Civil Veterinary Dept. Assam report 1927-50 - 1927-1950
Year: 1927
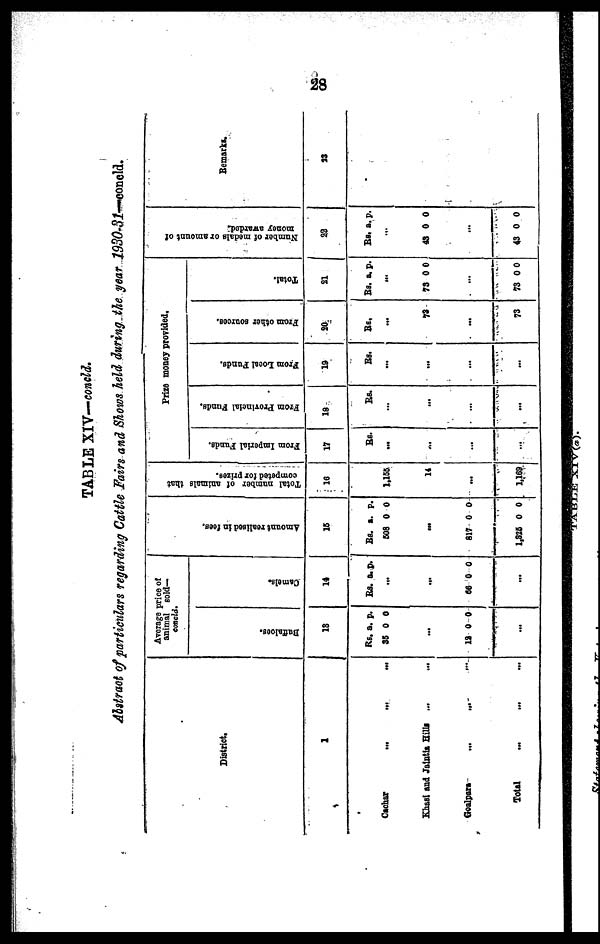
28
TABLE XIV—concld.
Abstract of particulars regarding Cattle Fairs and Shows held during the year 1930-31—concld.
District.
1
Cachar
...
...
...
Khasi and Jaintia Hills ... ...
Goalpara
...
...
...
Total
…
…
…
Average price of
animal sold—
eancld.
Baffaloes.
13
Rs. a. p.
35 0 0
...
12 0 0
I . . .
Camels.
14
Rs. a. p.
...
...
66 0 0
…
Amo u n t r e a l i s e d in fees.
16
Rs. a. p.
603 0 0
...
817 0 0
1,825 0 0
Tot al number of animals that
competed for prizes.
16
1,155
14
…
1,169
From Imperial Funds.
17
Rs.
...
...
…
…
From Provincial Funds.
18
Rs.
…
…
…
…
From Local Funds.
19
Rs.
...
…
...
...
From other sources.
20
Rs.
...
73
...
73
Total.
21
Rs. a. p.
...
73 0 0
…
73 0 0
Nu mb e r of m e d a l a or amount of
mo n e y awarded.
22
Rs. a. p.
...
43 0 0
…
43 0 0
Remarks,
33